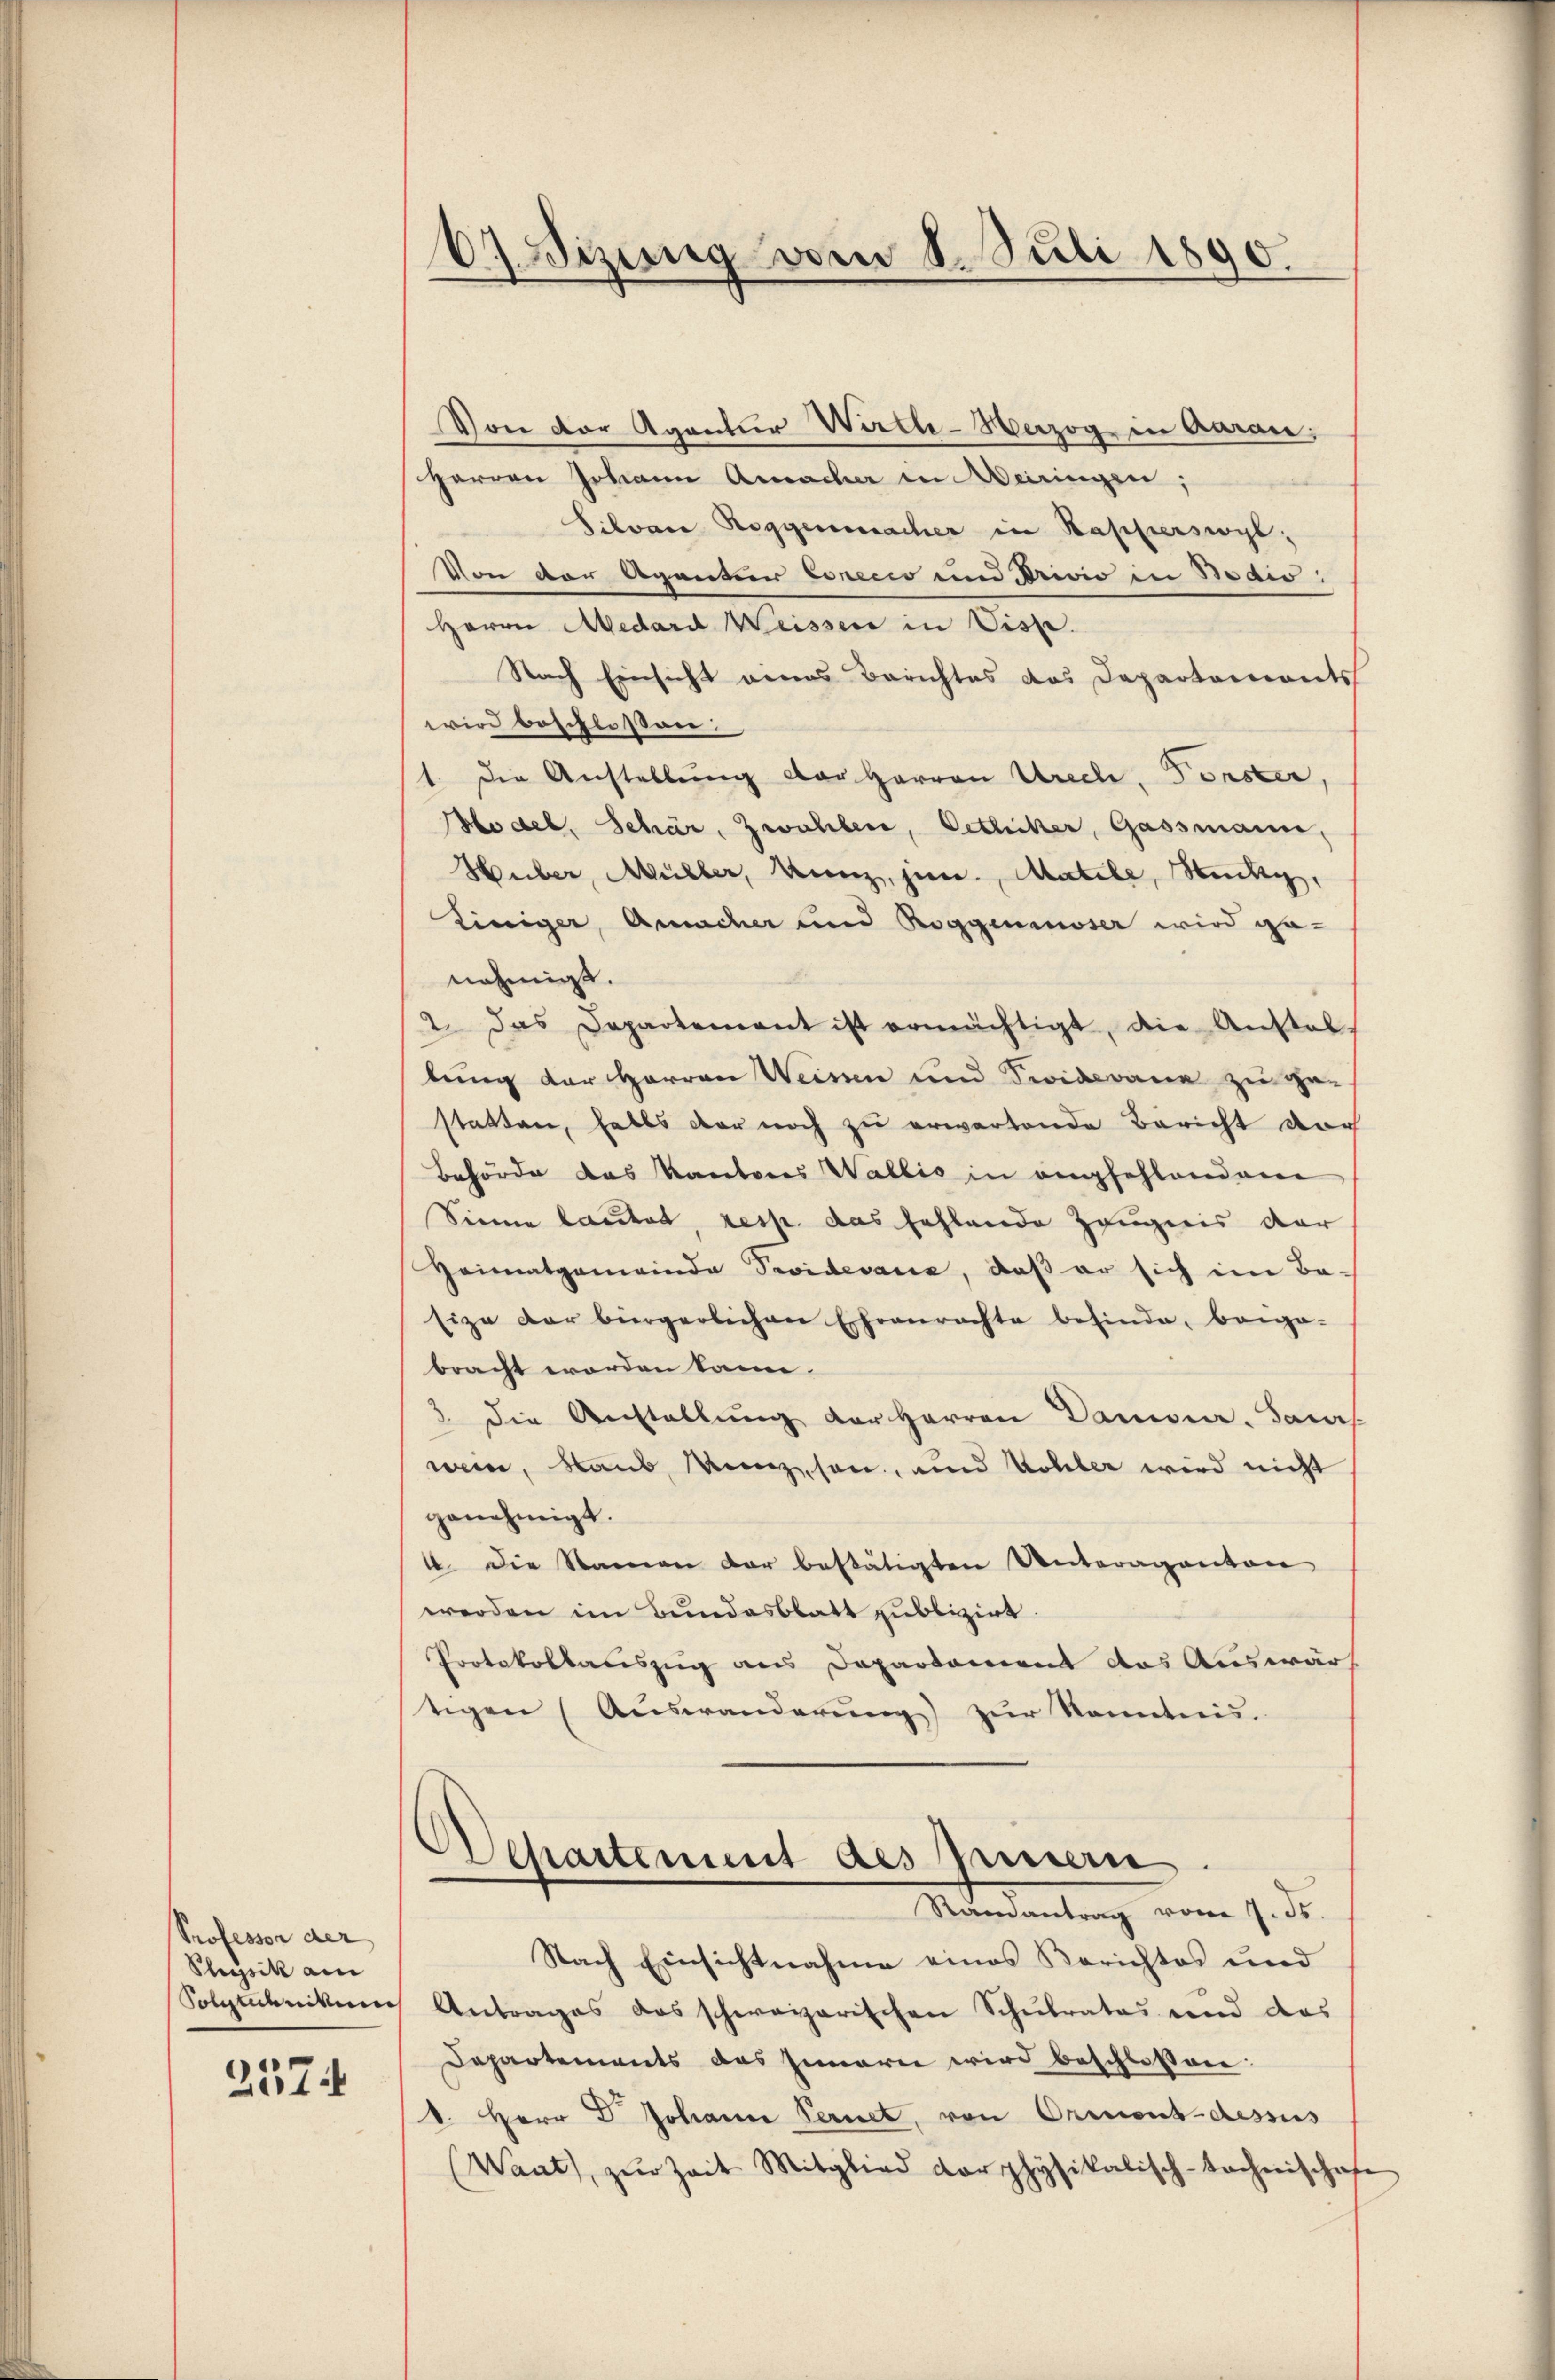
Professor der
Physik am
Polytechnikum

2574

67. Sizung vom 8. Juli 1890.

Herren Johann Amacher in Meiringen;
Silvan Roggenmacher in Kapperswyl,
Von der Agentur Copecco und Privio in Bodio:
Herrn Medard Weissere in Disse.
Nach Einsicht eines Berichtes das Departements
wird beschlossen:
1. Die Anstellung der Herren Urech, Forster,
Model, Schär, Zwahlen, Oetlicher, Gassmann,
Huber, Müller, Kunz, jun., Matile, Steck,
Einiger, Amacher und Roggenmoser wird ge-
nehmigt.
2. Das Departement ist ermächtigt, die Anstal-
lung der Herren Weissen und Seiderane zu ge-
statten, falls der noch zu erwartende Bericht vor
Behörde das Kantons Wallis in empfehlenden
Sinne lautet, resp. das fehlende Zeugnis dar
Heimatgemeinde Sevidevance, daß er sich im Be-
size der bürgerlichen Ehrenrachte befinde, beige-
bracht worden kann.
3 die Anstallŭng der Herren Danisier. Sac
wein, Staub, Manz son, und Wohler wird nicht
genehmigt.
4. Die Namen der bestätigten Unteraganton
werden im Bundesblatt publizirt.
Protokollaciszug aus Departement das Auswärt
eigen (Auswanderŭng zŭr Kenntnis.
Departement des Innern
Mandantung vom 7. d.
Nach Einsichtnahme eines Berichtes und
Antrages das schweizerischen Schulrates und das
Dapartements das Innern wird beschlossen:
1. Herr Dr. Johann Pernet, von Ormont-dessus
(Waat, zŭr Zeit Mitglied dorphysikalisch-technischen

Von der Agentur Wirth-Werzog in Aarau